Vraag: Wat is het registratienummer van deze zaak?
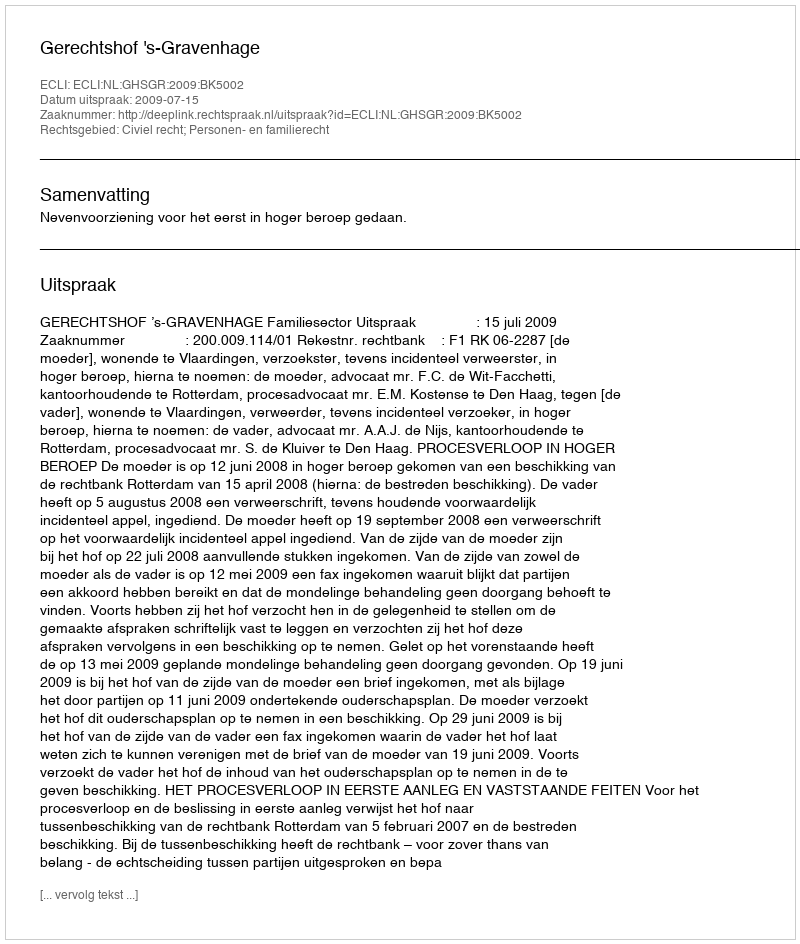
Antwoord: http://deeplink.rechtspraak.nl/uitspraak?id=ECLI:NL:GHSGR:2009:BK5002